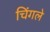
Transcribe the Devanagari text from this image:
चिंगले